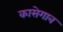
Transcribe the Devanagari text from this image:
कासेगाव